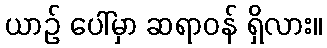
ယာဉ် ပေါ်မှာ ဆရာဝန် ရှိလား။